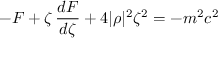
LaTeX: - { \cal F } + \zeta \, \frac { d { \cal F } } { d \zeta } + 4 | \rho | ^ { 2 } \zeta ^ { 2 } = - m ^ { 2 } c ^ { 2 }